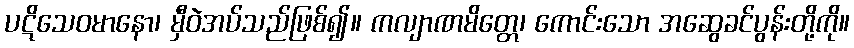
ပဋိသေဝမာနော၊ မှီဝဲအပ်သည်ဖြစ်၍။ ကလျာဏမိတ္တေ၊ ကောင်းသော အဆွေခင်ပွန်းတို့ကို။